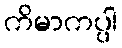
ကိမာကပ္ပါ